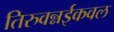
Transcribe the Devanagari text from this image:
तिरुवन्नईकवल